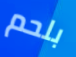
بلحم